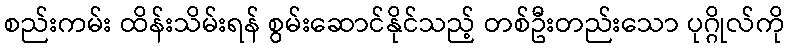
စည်းကမ်း ထိန်းသိမ်းရန် စွမ်းဆောင်နိုင်သည့် တစ်ဦးတည်းသော ပုဂ္ဂိုလ်ကို